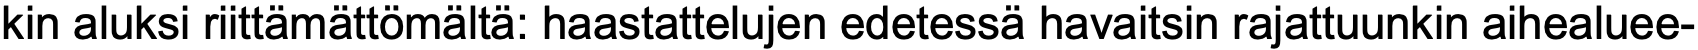
kin aluksi riittämättömältä: haastattelujen edetessä havaitsin rajattuunkin aihealuee-